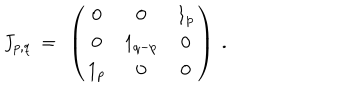
LaTeX: J _ { p , q } ~ = ~ \left( \begin{array} { c c c } { { 0 } } & { { 0 } } & { { 1 _ { p } } } \\ { { 0 } } & { { 1 _ { q - p } } } & { { 0 } } \\ { { 1 _ { p } } } & { { 0 } } & { { 0 } } \\ \end{array} \right) ~ .